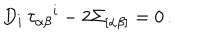
D _ { i } \, \tau _ { \alpha \beta } { } ^ { i } - 2 \Sigma _ { [ \alpha \beta ] } = 0 \, .